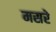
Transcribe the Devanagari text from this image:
मसरे